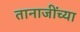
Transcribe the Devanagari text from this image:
तानाजींच्या